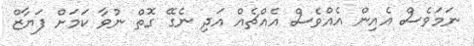
ނަމަވެސް އެއިން އެއްވެސް އެއްޗެއް އަދި ނެގޭ ގޮތް ނުވާ ކަމަށް ފަޔާޒް